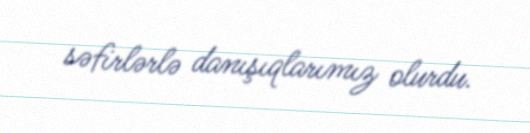
səfirlərlə danışıqlarımız olurdu.